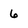
Character: 6